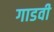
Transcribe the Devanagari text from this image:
गाडवी